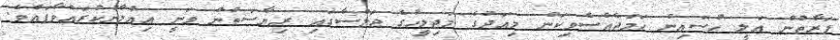
ފަރާތުން އަލީ ހުސައިން ހަމަޖެއްސެވިކަން މިއަދުގެ މަޖިލީހުގެ ޖަލްސާގައި ރިޔާސަތުން ވަނީ އިއުލާނުކުރައްވާފައެވެ.